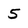
Character: 5